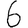
Digit: 6